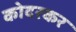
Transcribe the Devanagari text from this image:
कोदरकर